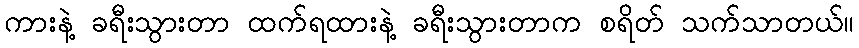
ကားနဲ့ ခရီးသွားတာ ထက်ရထားနဲ့ ခရီးသွားတာက စရိတ် သက်သာတယ်။